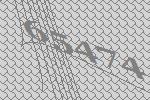
65474